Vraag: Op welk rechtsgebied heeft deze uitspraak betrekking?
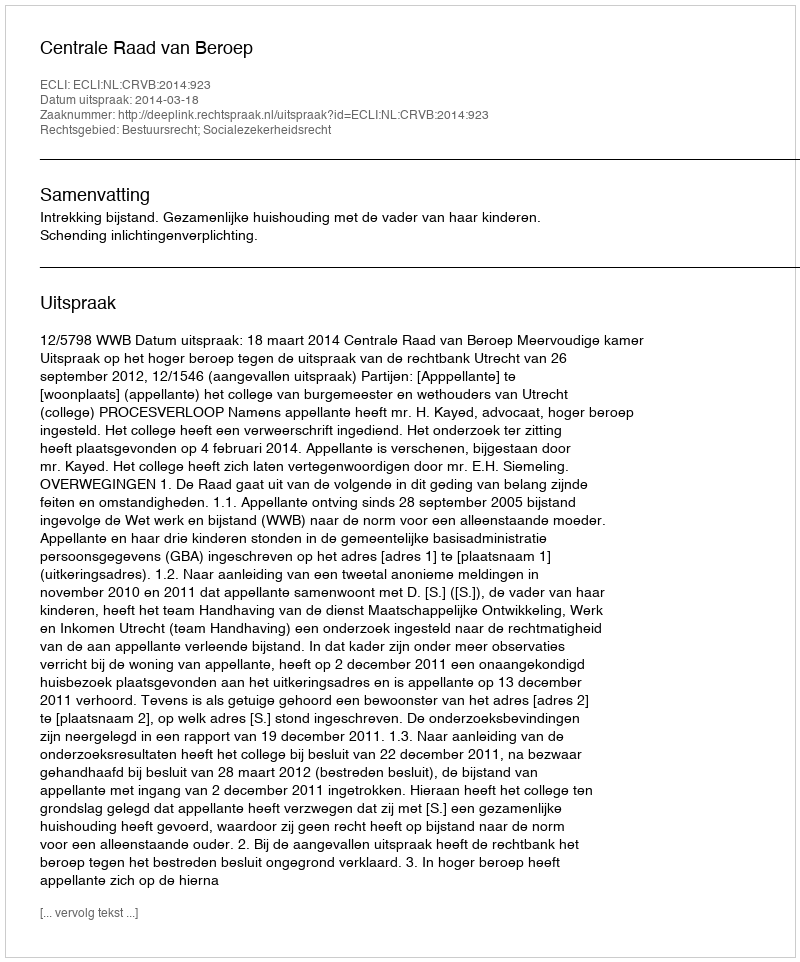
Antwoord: Bestuursrecht; Socialezekerheidsrecht